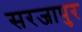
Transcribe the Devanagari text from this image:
सरजापुर